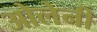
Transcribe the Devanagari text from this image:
ओलेनी